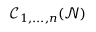
\mathscr { C } _ { 1 , . . . , n } ( \mathcal { N } )